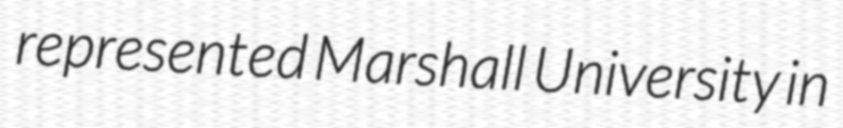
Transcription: represented Marshall University in